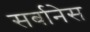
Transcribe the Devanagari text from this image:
सर्बानेस